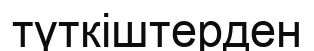
түткіштерден